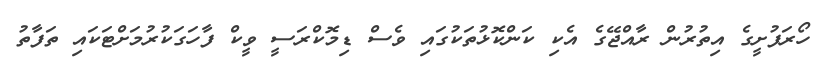
ހޯރަފުށީގެ އިތުރުން ރާއްޖޭގެ އެކި ކަންކޮޅުތަކުގައި ވެސް ޑިމޮކްރަސީ ވީކް ފާހަގަކުރުމަށްޓަކައި ތަފާތު